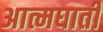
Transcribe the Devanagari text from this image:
अात्मघाती